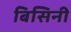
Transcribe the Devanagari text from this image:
बिसिनी